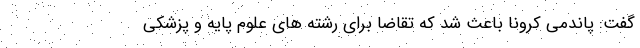
گفت: پاندمی کرونا باعث شد که تقاضا برای رشته های علوم پایه و پزشکی